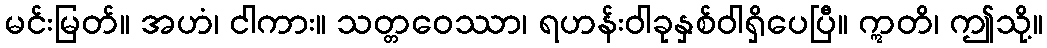
မင်းမြတ်။ အဟံ၊ ငါကား။ သတ္တဝေဿာ၊ ရဟန်းဝါခုနှစ်ဝါရှိပေပြီ။ ဣတိ၊ ဤသို့။